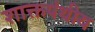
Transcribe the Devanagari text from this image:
शाक्तपंथीय